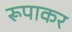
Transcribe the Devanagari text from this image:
रूपाकर